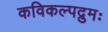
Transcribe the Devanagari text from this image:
कविकल्पद्रुमः